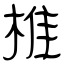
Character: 椎